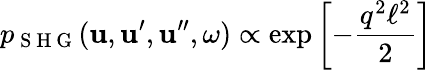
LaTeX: p_{\mathrm{~S~H~G~}}(\boldsymbol{\mathbf{u}},\boldsymbol{\mathbf{u}}^{\prime},\boldsymbol{\mathbf{u}}^{\prime\prime},\omega)\propto\exp\left[-\frac{q^{2}\ell^{2}}{2}\right]